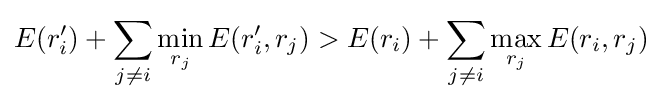
E(r_{i}^{\prime })+\sum _{j\neq i}\min _{r_{j}}E(r_{i}^{\prime },r_{j})>E(r_{i})+\sum _{j\neq i}\max _{r_{j}}E(r_{i},r_{j})